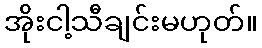
အိုးငါ့သီချင်းမဟုတ်။